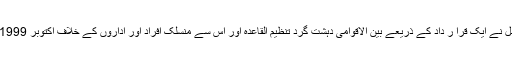
واضح رہے کہ سلامتی کونسل نے ایک قرا ر داد کے ذریعے بین الاقوامی دہشت گرد تنظیم القاعدہ اور اس سے منسلک افراد اور اداروں کے خلاف اکتوبر 1999 میں تعزیرات عائد کی تھیں۔